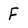
Character: F